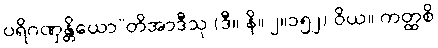
ပရိဂဏှန္တိယော”တိအာဒီသု (ဒီ။ နိ။ ၂။၁၅၂) ဝိယ။ ကတ္ထစိ